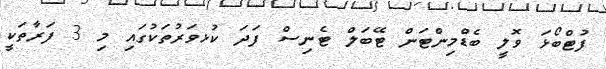
ފުޓްބޯޅަ ވޮލީ ބެޑްމިންޓަން ޓޭބަލް ޓެނިސް ފަދަ ކުޅވަރުތަކުގައި މި 3 ފަރާތަކީ